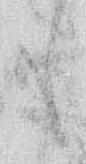
も